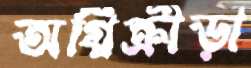
অগ্নিক্রীড়া